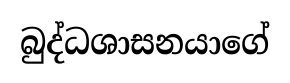
බුද්ධශාසනයාගේ